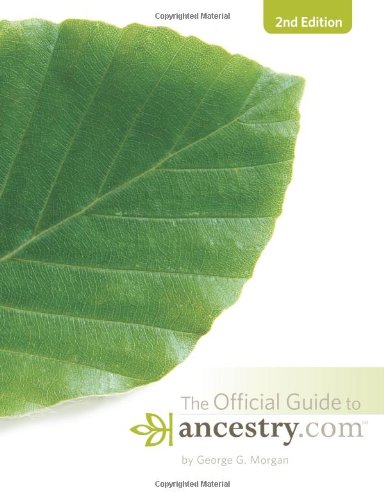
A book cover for The Official Guide to Ancestry.com; George G. Morgan; Reference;